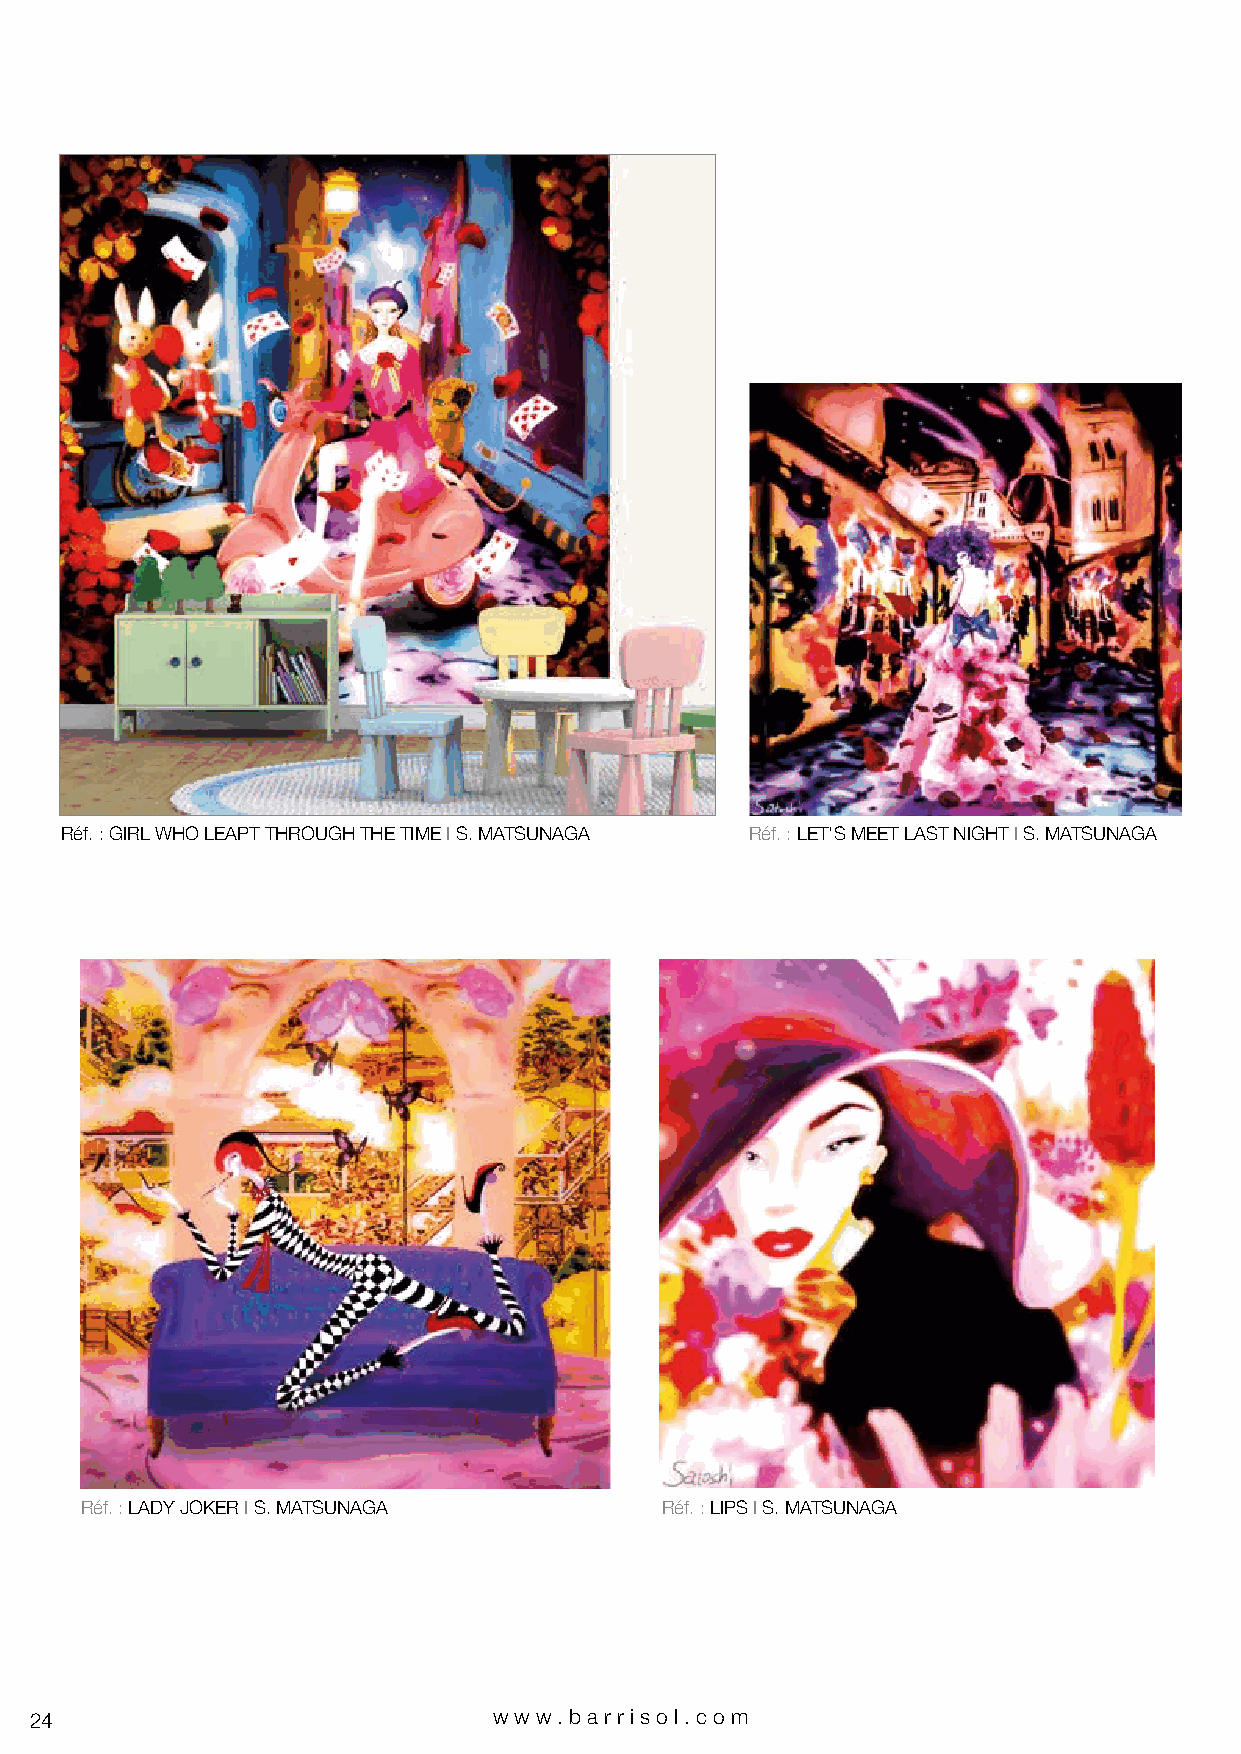
Réf. : GIRL WHO LEAPT THROUGH THE TIME I S. MATSUNAGA Réf. : LET’S MEET LAST NIGHT I S. MATSUNAGA
 Réf. : LADY JOKER I S. MATSUNAGA       Réf. : LIPS I S. MATSUNAGA
 24                             www.bar riso l. com